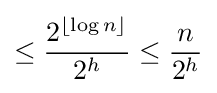
\leq {\frac {2^{\lfloor \log n\rfloor }}{2^{h}}}\leq {\frac {n}{2^{h}}}